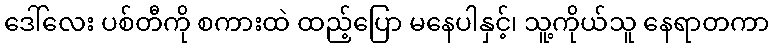
ဒေါ်လေး ပစ်တီကို စကားထဲ ထည့်ပြော မနေပါနှင့်၊ သူ့ကိုယ်သူ နေရာတကာ